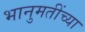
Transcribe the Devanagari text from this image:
भानुमतींच्या